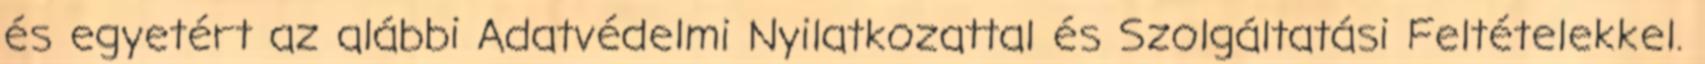
és egyetért az alábbi Adatvédelmi Nyilatkozattal és Szolgáltatási Feltételekkel.